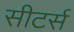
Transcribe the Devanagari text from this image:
सीटर्स